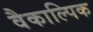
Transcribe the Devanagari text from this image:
वैकाल्पिक